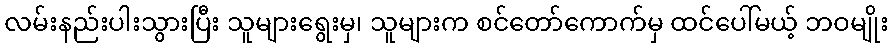
လမ်းနည်းပါးသွားပြီး သူများရွေးမှ၊ သူများက စင်တော်ကောက်မှ ထင်ပေါ်မယ့် ဘဝမျိုး